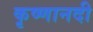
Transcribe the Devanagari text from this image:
कृष्णानदी